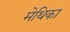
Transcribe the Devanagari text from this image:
मेथिका